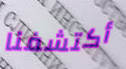
أكتشفنا